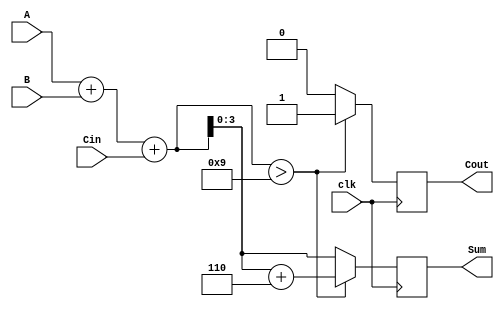
module BCD_Synchronous_Adder (
    input wire clk,          // Clock signal
    input wire [3:0] A,     // First BCD input
    input wire [3:0] B,     // Second BCD input
    input wire Cin,         // Carry input
    output reg [3:0] Sum,   // BCD result output
    output reg Cout         // Carry output
);

    reg [4:0] binary_sum;   // 5-bit to accommodate carry
    reg [4:0] corrected_sum; // 5-bit for corrected sum

    always @(posedge clk) begin
        // Step 1: Perform binary addition
        binary_sum = A + B + Cin;

        // Step 2: Check if the binary sum exceeds 9
        if (binary_sum > 9) begin
            // Step 3: Add correction factor (6) to the sum
            corrected_sum = binary_sum + 5'd6;
            Sum = corrected_sum[3:0]; // Take the lower 4 bits as the BCD result
            Cout = 1; // Set carry out
        end else begin
            Sum = binary_sum[3:0]; // Take the lower 4 bits as the BCD result
            Cout = 0; // No carry out
        end
    end

endmodule